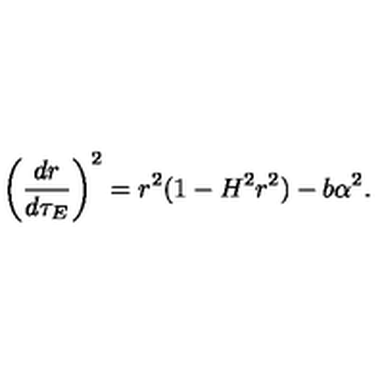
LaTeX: \left( \frac { d r } { d \tau _ { E } } \right) ^ { 2 } = r ^ { 2 } ( 1 - H ^ { 2 } r ^ { 2 } ) - b \alpha ^ { 2 } .